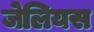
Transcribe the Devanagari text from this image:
जेलियस